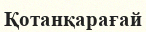
Қотанқарағай